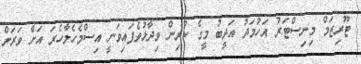
ޓޫރިޒަމް މިނިސްޓަރު އަހުމަދު އަދީބު މީގެ ކުރިން ވިދާޅުވެފައިވަނީ އިސްމެހެލާހެރަ އަށް ވަރަށް